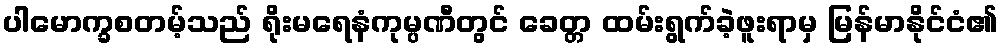
ပါမောက္ခစတမ့်သည် ရိုးမရေနံကုမ္ပဏီတွင် ခေတ္တ ထမ်းရွက်ခဲ့ဖူးရာမှ မြန်မာနိုင်ငံ၏